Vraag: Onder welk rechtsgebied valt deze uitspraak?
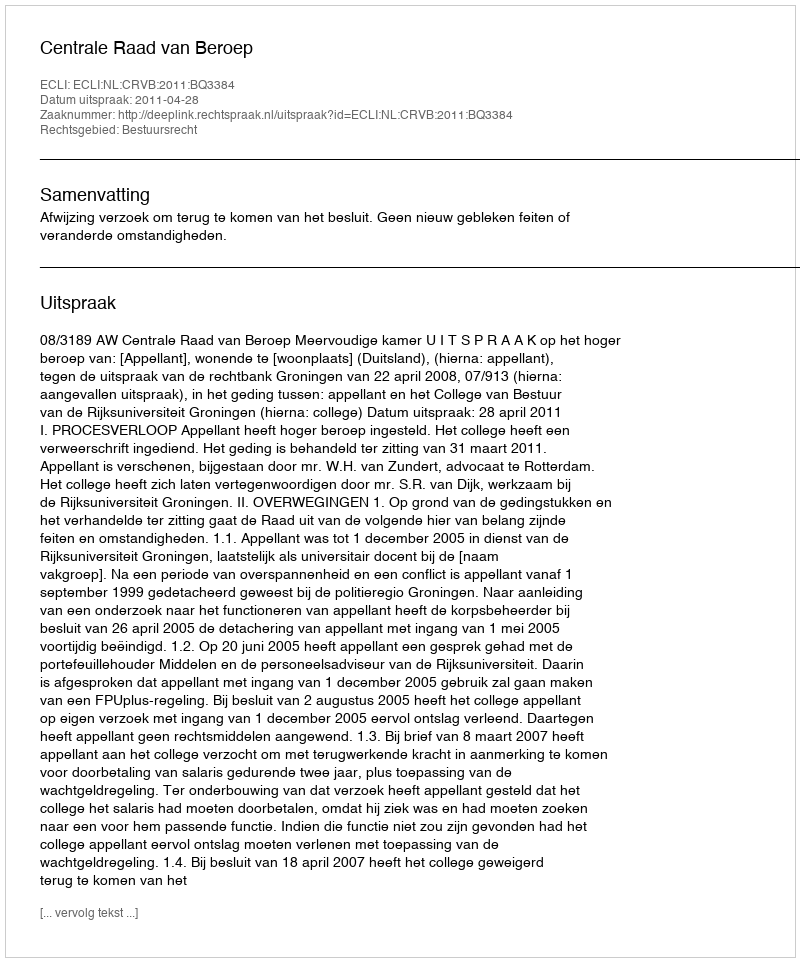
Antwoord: Bestuursrecht